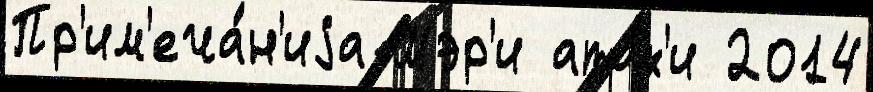
Пр'им'еча́н'иjа Мэр'и ата́к'и 2014